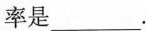
率是___.